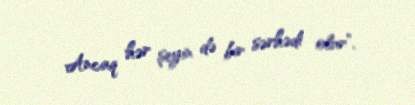
Ancaq hər şeyin də bir sərhədi olur”.